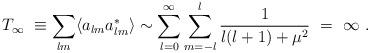
LaTeX: \begin{align*}T_{\infty} \ \equiv \sum_{lm}\langle a_{lm}a^*_{lm}\rangle \sim \sum_{l=0}^{\infty}\sum_{m=-l}^{l} \frac{1}{l(l+1)+\mu^2} \ =\ \infty \ .\end{align*}